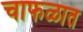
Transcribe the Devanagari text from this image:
चाफळात